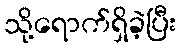
သို့ရောက်ရှိခဲ့ပြီး